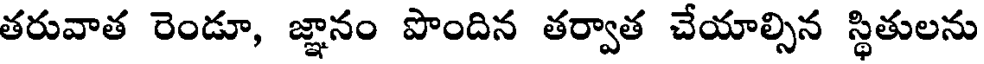
తరువాత రెండూ, జ్ఞానం పొందిన తర్వాత చేయాల్సిన స్థితులను